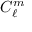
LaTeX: C _ { \ell } ^ { m }